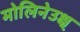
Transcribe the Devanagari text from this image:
मोलिनेउक्ष्